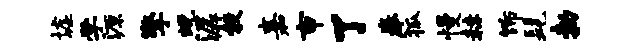
墟学源擎蜕潺彀嘉市了拳狐慢赫饰髦勃